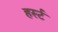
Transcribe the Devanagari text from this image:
हर्स्ट